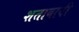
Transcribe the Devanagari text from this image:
शताबादी